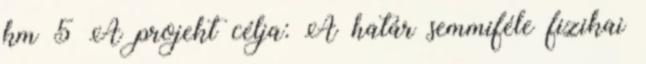
km 5 A projekt célja: A határ semmiféle fizikai